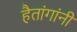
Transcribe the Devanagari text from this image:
हैतांगांनी